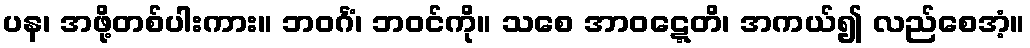
ပန၊ အဖို့တစ်ပါးကား။ ဘဝင်္ဂံ၊ ဘဝင်ကို။ သစေ အာဝဋ္ဋေတိ၊ အကယ်၍ လည်စေအံ့။